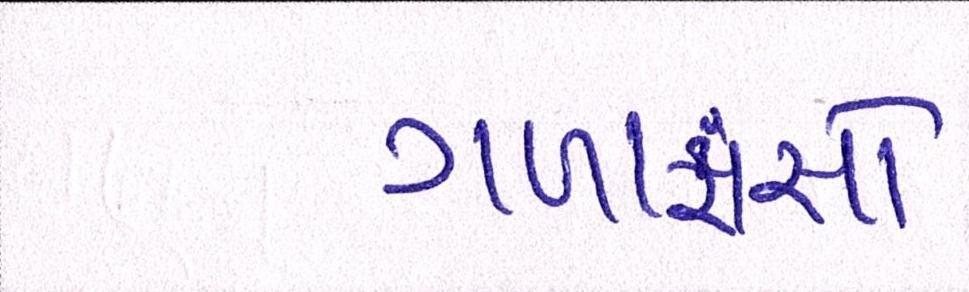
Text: ગળાફાંસો